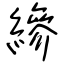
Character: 縿